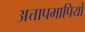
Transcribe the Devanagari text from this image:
अत्तापमापियों